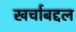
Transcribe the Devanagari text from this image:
खर्चाबद्दल